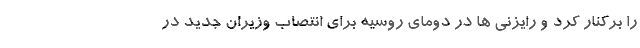
را برکنار کرد و رایزنی ها در دومای روسیه برای انتصاب وزیران جدید در